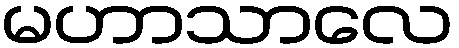
မဟာသာလေ